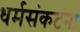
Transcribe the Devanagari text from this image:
धर्मसंकटंना